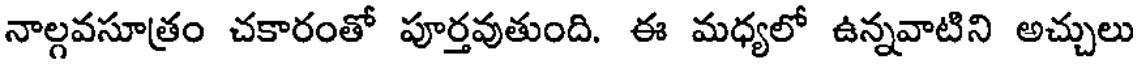
నాల్గవసూత్రం చకారంతో పూర్తవుతుంది. ఈ మధ్యలో ఉన్నవాటిని అచ్చులు